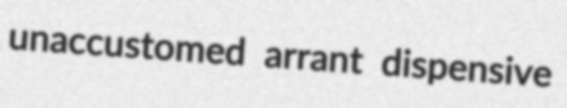
unaccustomed arrant dispensive